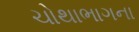
ચોથાભાગના